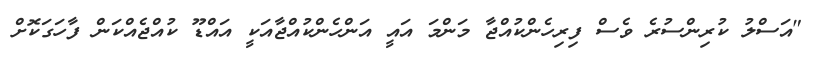
"އަސްލު ކުރިންސުރެ ވެސް ފިރިހެންކުއްޖާ މަންމަ އައީ އަންހެންކުއްޖާއަކީ އައްޑޫ ކުއްޖެއްކަން ފާހަގަކޮށް